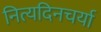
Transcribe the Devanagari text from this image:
नित्यदिनचर्या